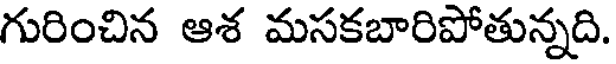
గురించిన ఆశ మసకబారిపోతున్నది.